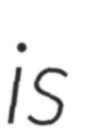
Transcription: is